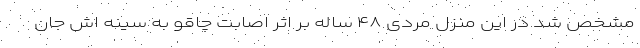
مشخص شد در این منزل مردی ۴۸ ساله بر اثر اصابت چاقو به سینه اش جان